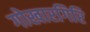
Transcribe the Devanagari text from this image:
गोखारगिरि